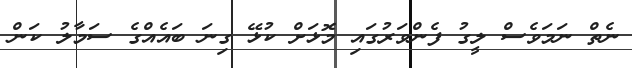
ނެތް ނަމަވެސް ލީގު ފެންވަރުގައި މޮޅަށް ކުޅޭ ގިނަ ބައެއްގެ ސަމާލު ކަން